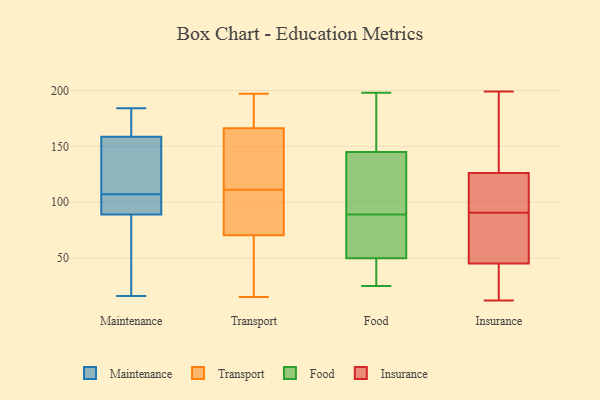
{"axis": {"x": "Backlog", "y": "Value"}, "legend": ["Food", "Insurance", "Maintenance", "Transport"], "data": [{"x": "", "y": 154, "type": "Maintenance"}, {"x": "", "y": 99, "type": "Maintenance"}, {"x": "", "y": 37, "type": "Maintenance"}, {"x": "", "y": 72, "type": "Maintenance"}, {"x": "", "y": 113, "type": "Maintenance"}, {"x": "", "y": 16, "type": "Maintenance"}, {"x": "", "y": 164, "type": "Maintenance"}, {"x": "", "y": 144, "type": "Maintenance"}, {"x": "", "y": 96, "type": "Maintenance"}, {"x": "", "y": 103, "type": "Maintenance"}, {"x": "", "y": 178, "type": "Maintenance"}, {"x": "", "y": 82, "type": "Maintenance"}, {"x": "", "y": 163, "type": "Maintenance"}, {"x": "", "y": 111, "type": "Maintenance"}, {"x": "", "y": 102, "type": "Maintenance"}, {"x": "", "y": 184, "type": "Maintenance"}, {"x": "", "y": 171, "type": "Transport"}, {"x": "", "y": 146, "type": "Transport"}, {"x": "", "y": 18, "type": "Transport"}, {"x": "", "y": 15, "type": "Transport"}, {"x": "", "y": 85, "type": "Transport"}, {"x": "", "y": 165, "type": "Transport"}, {"x": "", "y": 185, "type": "Transport"}, {"x": "", "y": 170, "type": "Transport"}, {"x": "", "y": 111, "type": "Transport"}, {"x": "", "y": 106, "type": "Transport"}, {"x": "", "y": 138, "type": "Transport"}, {"x": "", "y": 117, "type": "Transport"}, {"x": "", "y": 197, "type": "Transport"}, {"x": "", "y": 90, "type": "Transport"}, {"x": "", "y": 50, "type": "Transport"}, {"x": "", "y": 77, "type": "Transport"}, {"x": "", "y": 16, "type": "Transport"}, {"x": "", "y": 103, "type": "Food"}, {"x": "", "y": 61, "type": "Food"}, {"x": "", "y": 27, "type": "Food"}, {"x": "", "y": 123, "type": "Food"}, {"x": "", "y": 109, "type": "Food"}, {"x": "", "y": 58, "type": "Food"}, {"x": "", "y": 39, "type": "Food"}, {"x": "", "y": 167, "type": "Food"}, {"x": "", "y": 149, "type": "Food"}, {"x": "", "y": 198, "type": "Food"}, {"x": "", "y": 88, "type": "Food"}, {"x": "", "y": 160, "type": "Food"}, {"x": "", "y": 25, "type": "Food"}, {"x": "", "y": 47, "type": "Food"}, {"x": "", "y": 29, "type": "Food"}, {"x": "", "y": 70, "type": "Food"}, {"x": "", "y": 133, "type": "Food"}, {"x": "", "y": 156, "type": "Food"}, {"x": "", "y": 89, "type": "Food"}, {"x": "", "y": 12, "type": "Insurance"}, {"x": "", "y": 121, "type": "Insurance"}, {"x": "", "y": 198, "type": "Insurance"}, {"x": "", "y": 92, "type": "Insurance"}, {"x": "", "y": 108, "type": "Insurance"}, {"x": "", "y": 82, "type": "Insurance"}, {"x": "", "y": 126, "type": "Insurance"}, {"x": "", "y": 166, "type": "Insurance"}, {"x": "", "y": 89, "type": "Insurance"}, {"x": "", "y": 61, "type": "Insurance"}, {"x": "", "y": 141, "type": "Insurance"}, {"x": "", "y": 20, "type": "Insurance"}, {"x": "", "y": 199, "type": "Insurance"}, {"x": "", "y": 99, "type": "Insurance"}, {"x": "", "y": 42, "type": "Insurance"}, {"x": "", "y": 17, "type": "Insurance"}, {"x": "", "y": 45, "type": "Insurance"}, {"x": "", "y": 84, "type": "Insurance"}]}